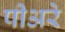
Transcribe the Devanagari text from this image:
पीअरे